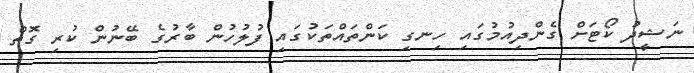
ނަޝީދު ކޯޓަށް ގެންދިއުމުގައި ހިނގި ކަންތައްތަކުގައި ފުލުހުން ބާރުގެ ބޭނުން ކުރި ގޮތް